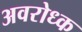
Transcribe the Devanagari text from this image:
अवरोध्क